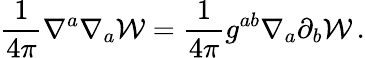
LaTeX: \frac{1}{4\pi}\nabla^{a}\nabla_{a}{\cal W}=\frac{1}{4\pi}g^{ab}\nabla_{a}\partial_{b}{\cal W}\, .